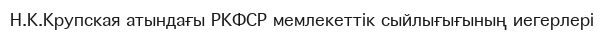
Н.К.Крупская атындағы РКФСР мемлекеттік сыйлығығының иегерлері